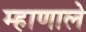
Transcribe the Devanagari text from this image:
म्हाणाले